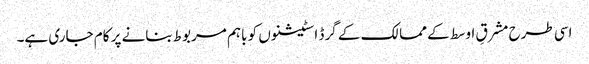
اسی طرح مشرقِ اوسط کے ممالک کے گرڈ اسٹیشنوں کو باہم مربوط بنانے پر کام جاری ہے۔